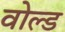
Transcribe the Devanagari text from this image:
वोल्ड